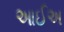
આઈઅ